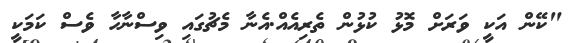
"ކޭން އަކީ ވަރަށް މޮޅު ކުޅުން ތެރިއެއް.އެނާ މެޗުގައި ވިސްނާހާ ވެސް ކަމަކީ